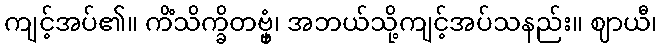
ကျင့်အပ်၏။ ကိံသိက္ခိတဗ္ဗှံ၊ အဘယ်သို့ကျင့်အပ်သနည်း။ ဈာယီ၊